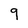
Character: 9